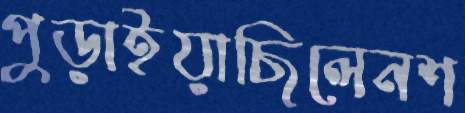
পুড়াইয়াছিলেনশ